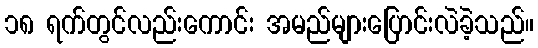
၁၈ ရက်တွင်လည်းကောင်း အမည်များပြောင်းလဲခဲ့သည်။